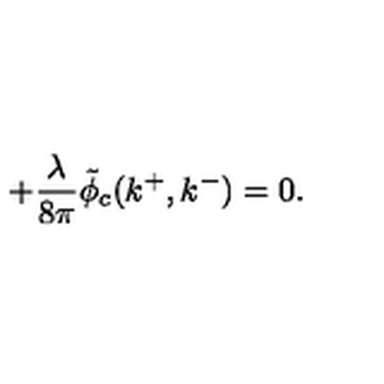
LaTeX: + { \frac { \lambda } { 8 \pi } } \tilde { \phi } _ { c } ( k ^ { + } , k ^ { - } ) = 0 .